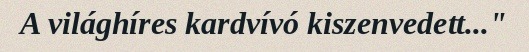
A világhíres kardvívó kiszenvedett..."